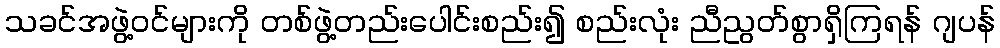
သခင်အဖွဲ့ဝင်များကို တစ်ဖွဲ့တည်းပေါင်းစည်း၍ စည်းလုံး ညီညွတ်စွာရှိကြရန် ဂျပန်